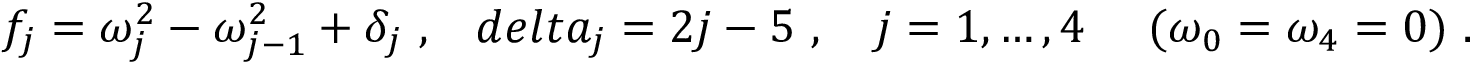
f _ { j } = \omega _ { j } ^ { 2 } - \omega _ { j - 1 } ^ { 2 } + \delta _ { j } \ , \ \ \, d e l t a _ { j } = 2 j - 5 \ , \ \ \ j = 1 , \ldots , 4 \ \ \ \ ( \omega _ { 0 } = \omega _ { 4 } = 0 ) \ .